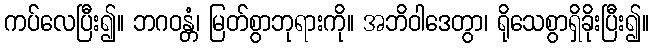
ကပ်လေပြီး၍။ ဘဂဝန္တံ၊ မြတ်စွာဘုရားကို။ အဘိဝါဒေတွာ၊ ရိုသေစွာရှိခိုးပြီး၍။